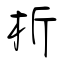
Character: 析